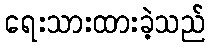
ရေးသားထားခဲ့သည်